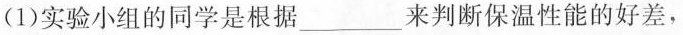
（1）实验小组的同学是根据___